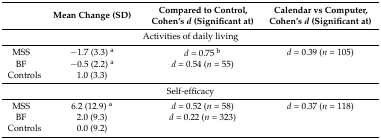
<table><thead><tr><td></td><td><b>Mean Change (SD)</b></td><td><b>Compared to Control, Cohen’s <i>d</i> (Significant at)</b></td><td><b>Calendar vs Computer, Cohen’s <i>d</i> (Significant at)</b></td></tr></thead><tbody><tr><td colspan="4">Activities of daily living</td></tr><tr><td>MSS</td><td>−1.7 (3.3) <sup>a</sup></td><td><i>d</i> = 0.75 <sup>b</sup></td><td><i>d</i> = 0.39 (<i>n</i> = 105)</td></tr><tr><td>BF</td><td>−0.5 (2.2) <sup>a</sup></td><td><i>d</i> = 0.54 (<i>n</i> = 55)</td><td></td></tr><tr><td>Controls</td><td>1.0 (3.3)</td><td></td><td></td></tr><tr><td colspan="4">Self-efficacy</td></tr><tr><td>MSS</td><td>6.2 (12.9) <sup>a</sup></td><td><i>d</i> = 0.52 (<i>n</i> = 58)</td><td><i>d</i> = 0.37 (<i>n</i> = 118)</td></tr><tr><td>BF</td><td>2.0 (9.3)</td><td><i>d</i> = 0.22 (<i>n</i> = 323)</td><td></td></tr><tr><td>Controls</td><td>0.0 (9.2)</td><td></td><td></td></tr></tbody></table>